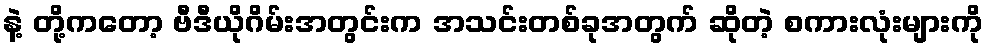
နဲ့ တို့ကတော့ ဗီဒီယိုဂိမ်းအတွင်းက အသင်းတစ်ခုအတွက် ဆိုတဲ့ စကားလုံးများကို